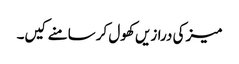
میز کی درازیں کھول کر سامنے کیں۔